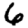
Digit: 6